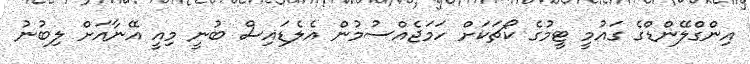
އިންގްލޭންޑްގެ ގައުމީ ޓީމުގެ ކޯޗަކަށް ހަމަޖެއްސުމުން އެލެޑައިސް ބުނީ މިއީ އޭނާއަށް ލިބުނު